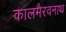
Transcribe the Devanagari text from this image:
कालमैरवनाथ